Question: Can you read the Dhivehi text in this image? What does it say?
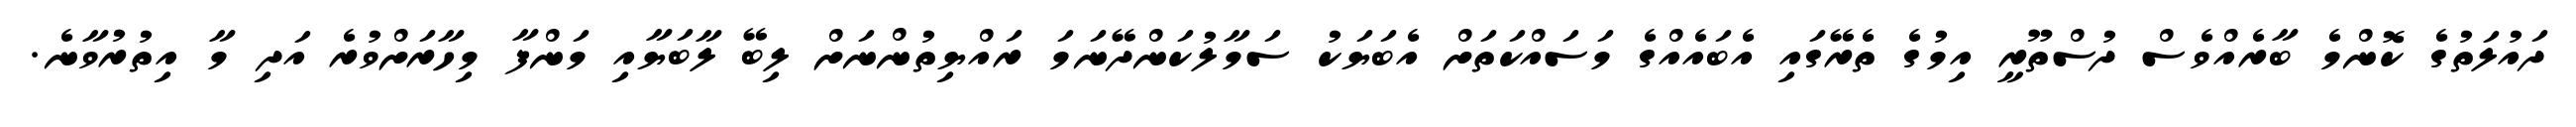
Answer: ދައުލަތުގެ ކޮންމެ ބާރެއްވެސް ދުސްތޫރީ އިމުގެ ތެރޭގައި އެބައެއްގެ މަސައްކަތަށް އެބަޔަކު ސަމާލުކަންދޭނަމަ ރައްޔިތުންނަށް ލިބޭ ލާބަޔާއި މަންފާ މިހާރަށްވުރެ އަދި މާ އިތުރުވާނެ.